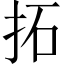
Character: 拓